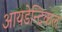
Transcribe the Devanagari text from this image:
आयडेन्टिकल